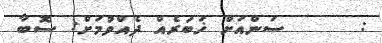
:      ސަންއަށް ޚަބަރެއް ދެއްވުމަށް: ސޮބާ